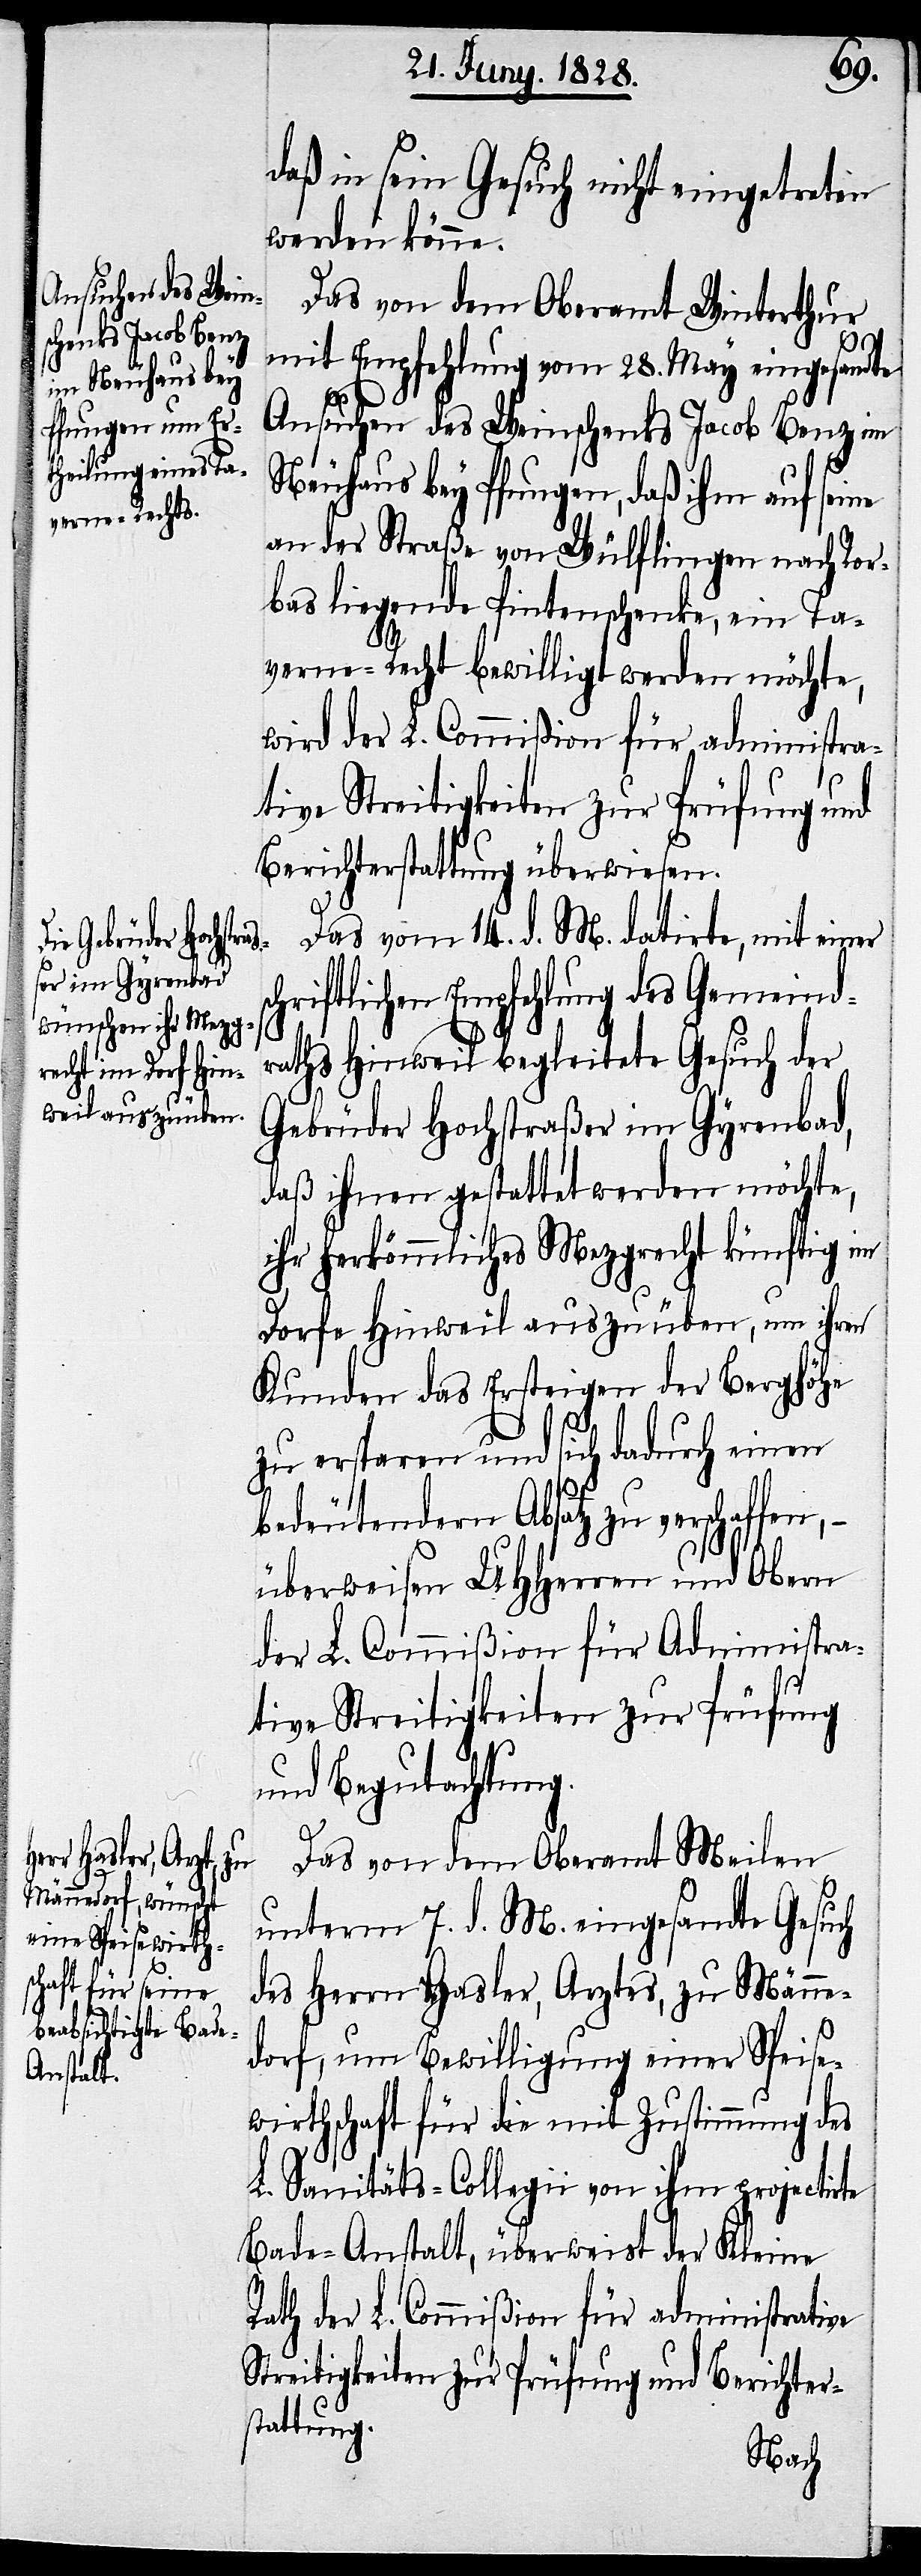
daß in sein Gesuch nicht eingetreten
werden könne.
Das von dem Oberamt Winterthur
mit Empfehlung vom 28. May eingesandte
sc¬
Ansuchen des Weinschenks Jacob Benz im
Neuhaus bey Pfungen, daß ihm auf seine
an der Straße von Wülflingen nach Ror¬
bas liegende Pintenschenke, ein Ta¬
verne-Recht bewilligt werden möchte,
wird der L. Commißion für administra¬
tive Streitigkeiten zur Prüfung und
Berichterstattung überwiesen.
Das vom 14. d. M. datirte, mit einer
hriftlichen Empfehlung des Gemeind¬
raths Hinweil begleitete Gesuch der
Gebrüder Hochstraßer im Gyrenbad,
daß ihnen gestattet werden möchte,
ihr herkömmliches Mezgrecht künftig im
Dorfe Hinweil auszuüben, um ihren
Kunden das Ersteigen der Berghöhe
zu ersparen und sich dadurch eine
bedeutendern Absatz zu verschaffen,
überweisen UHHerren und Obern
der L. Commißion für Administra¬
tive Streitigkeiten zur Prüfung
und Begutachtung.
Das von dem Oberamt Meilen
unterm 7. d. M. eingesandte Gesuch
des Herrn Hasler, Arztes, zu Männe¬
dorf, um Bewilligung einer Speise¬
wirtschaft für die mit Zustimmung des
L. Sanitäts-Collegii von ihm projectirte
Bade-Anstalt, überweist der Kleine
Rath der Commißion für administrative
Streitigkeiten zur Prüfung und Berichter¬
stattung.